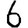
Digit: 6